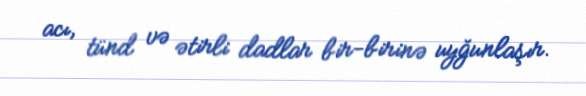
acı, tünd və ətirli dadlar bir-birinə uyğunlaşır.